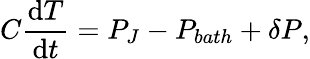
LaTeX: C\frac{\mathrm{d}T}{\mathrm{d}t}=P_{J}-P_{bath}+\delta P,